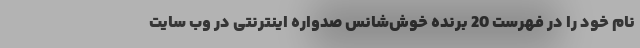
نام خود را در فهرست 20 برنده خوش‌شانس صدواره اینترنتی در وب سایت